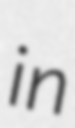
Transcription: in